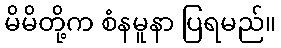
မိမိတို့က စံနမူနာ ပြရမည်။